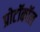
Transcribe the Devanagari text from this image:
प्रोटॉकॉल